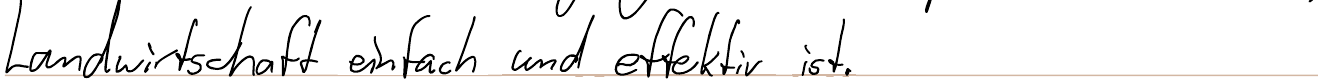
Landwirtschaft einfach und effektiv ist.